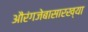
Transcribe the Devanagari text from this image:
औरंगजेबासारख्या